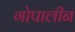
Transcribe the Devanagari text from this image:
गोपालीन